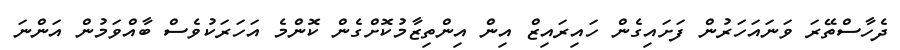
ދެހާސްތޭރަ ވަނައަހަރުން ފަށައިގެން ހައިރައިޒް އިން އިންތިޒާމުކޮށްގެން ކޮންމެ އަހަރަކުވެސް ބާއްވަމުން އަންނަ